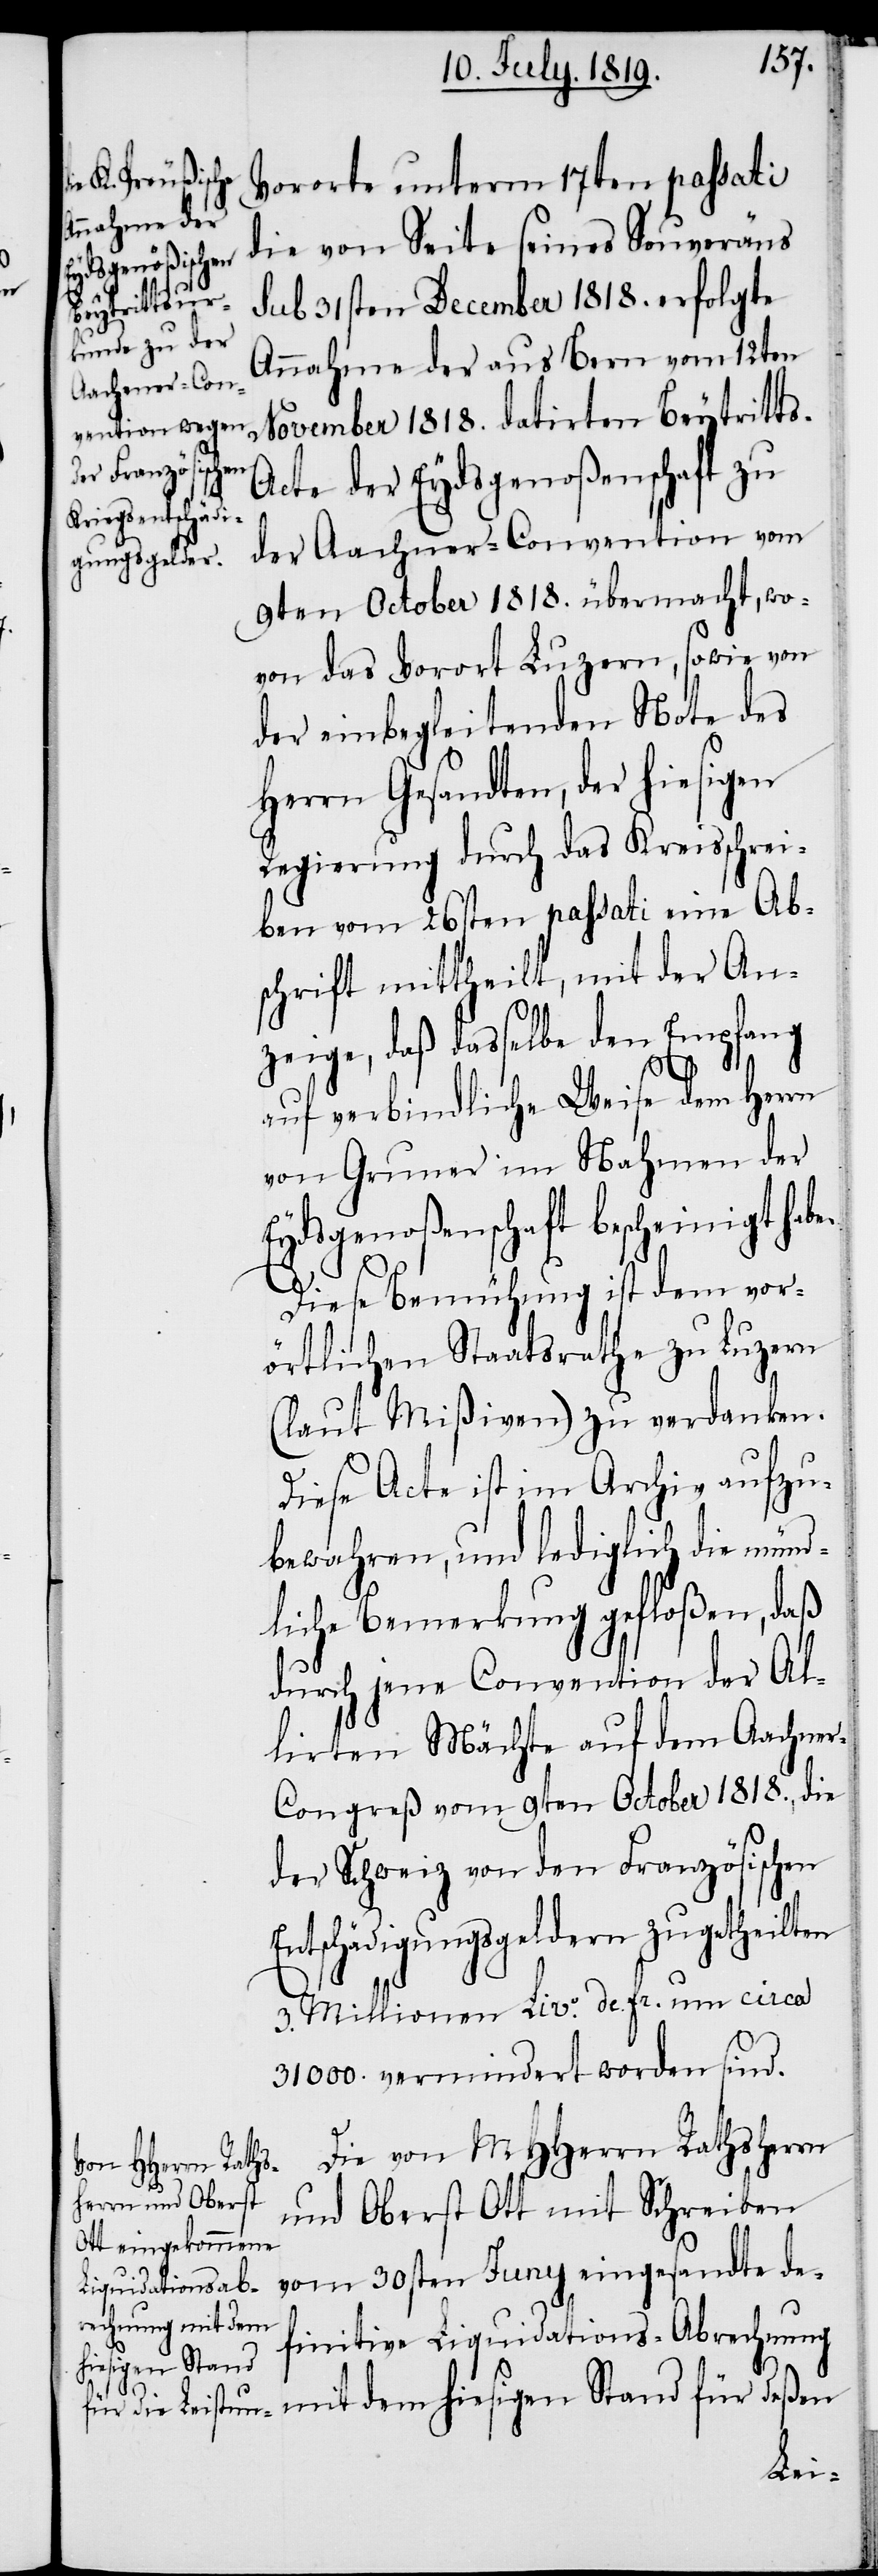
s-A¬

Vororte unterm 17ten passati
die von Seite seines Souveräns
sub 31sten December 1818. erfolgte
Annahme der aus Bern vom 12ten
November 1818. datirten Beytritt¬
cte der Eydsgenoßenschaft zu
der Aachener-Conversation vom
9ten October 1818. übermacht, wo¬
von das Vorort Luzern, sowie von
der einbegleitenden Note des
Herrn Gesandten, der hiesigen
Regierung durch das Kreisschrei¬
ben vom 26sten passati eine Ab¬
schrift mittheilt, mit der An¬
zeige, daß dasselbe den Empfang
auf verbindliche Weise dem Herrn
von Gruner im Nahmen der
Eydsgenoßenschaft bescheinigt hab¬
e.
Diese Bemühung ist dem vor¬
örtlichen Staatsrathe zu Luzern
(laut Mißiven) zu verdanken.
Diese Acte ist im Archiv aufzu¬
bewahren, und lediglich die münd¬
liche Bemerkung gefloßen, daß
durch jene Convention der Al¬
lirten Mächte auf dem Aachne¬
r-Congreß vom 9ten October 1818., die
der Schweiz von den Französischen
Entschädigungsgeldern zugetheilten
3. Millionen Livo. de. fr. um circa
31000. vermindert worden sind.
Die von MHHerrn Rathsherrn
und Oberst Ott mit Schreiben
vom 30sten Juny eingesandte de¬
finitive Liquidations-Abrechnung
mit dem hiesigen Stand für deßen